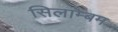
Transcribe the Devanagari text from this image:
सिलाम्बम